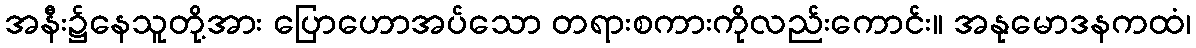
အနီး၌နေသူတို့အား ပြောဟောအပ်သော တရားစကားကိုလည်းကောင်း။ အနုမောဒနကထံ၊